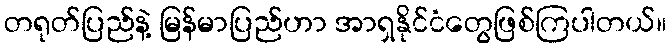
တရုတ်ပြည်နဲ့ မြန်မာပြည်ဟာ အာရှနိုင်ငံတွေဖြစ်ကြပါတယ်။